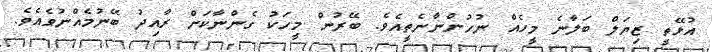
އުޅޭތީ ޒިޔަލް ބަލާނެ މީހެއް ނުހުންނާނެތީއެވެ. ބޭރުން މީހަކު ގެންނާކަށް ރާއިދު ބޭނުމެއްނުވެއެވެ.